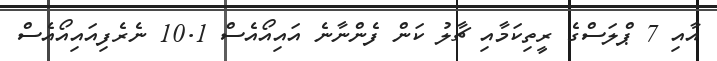
އާއި 7 ޕްލަސްގެ ރީތިކަމާއި ޗާލު ކަން ފެންނާނެ އައިއޯއެސް 10.1 ނެރެފިއައިއޯއެސް